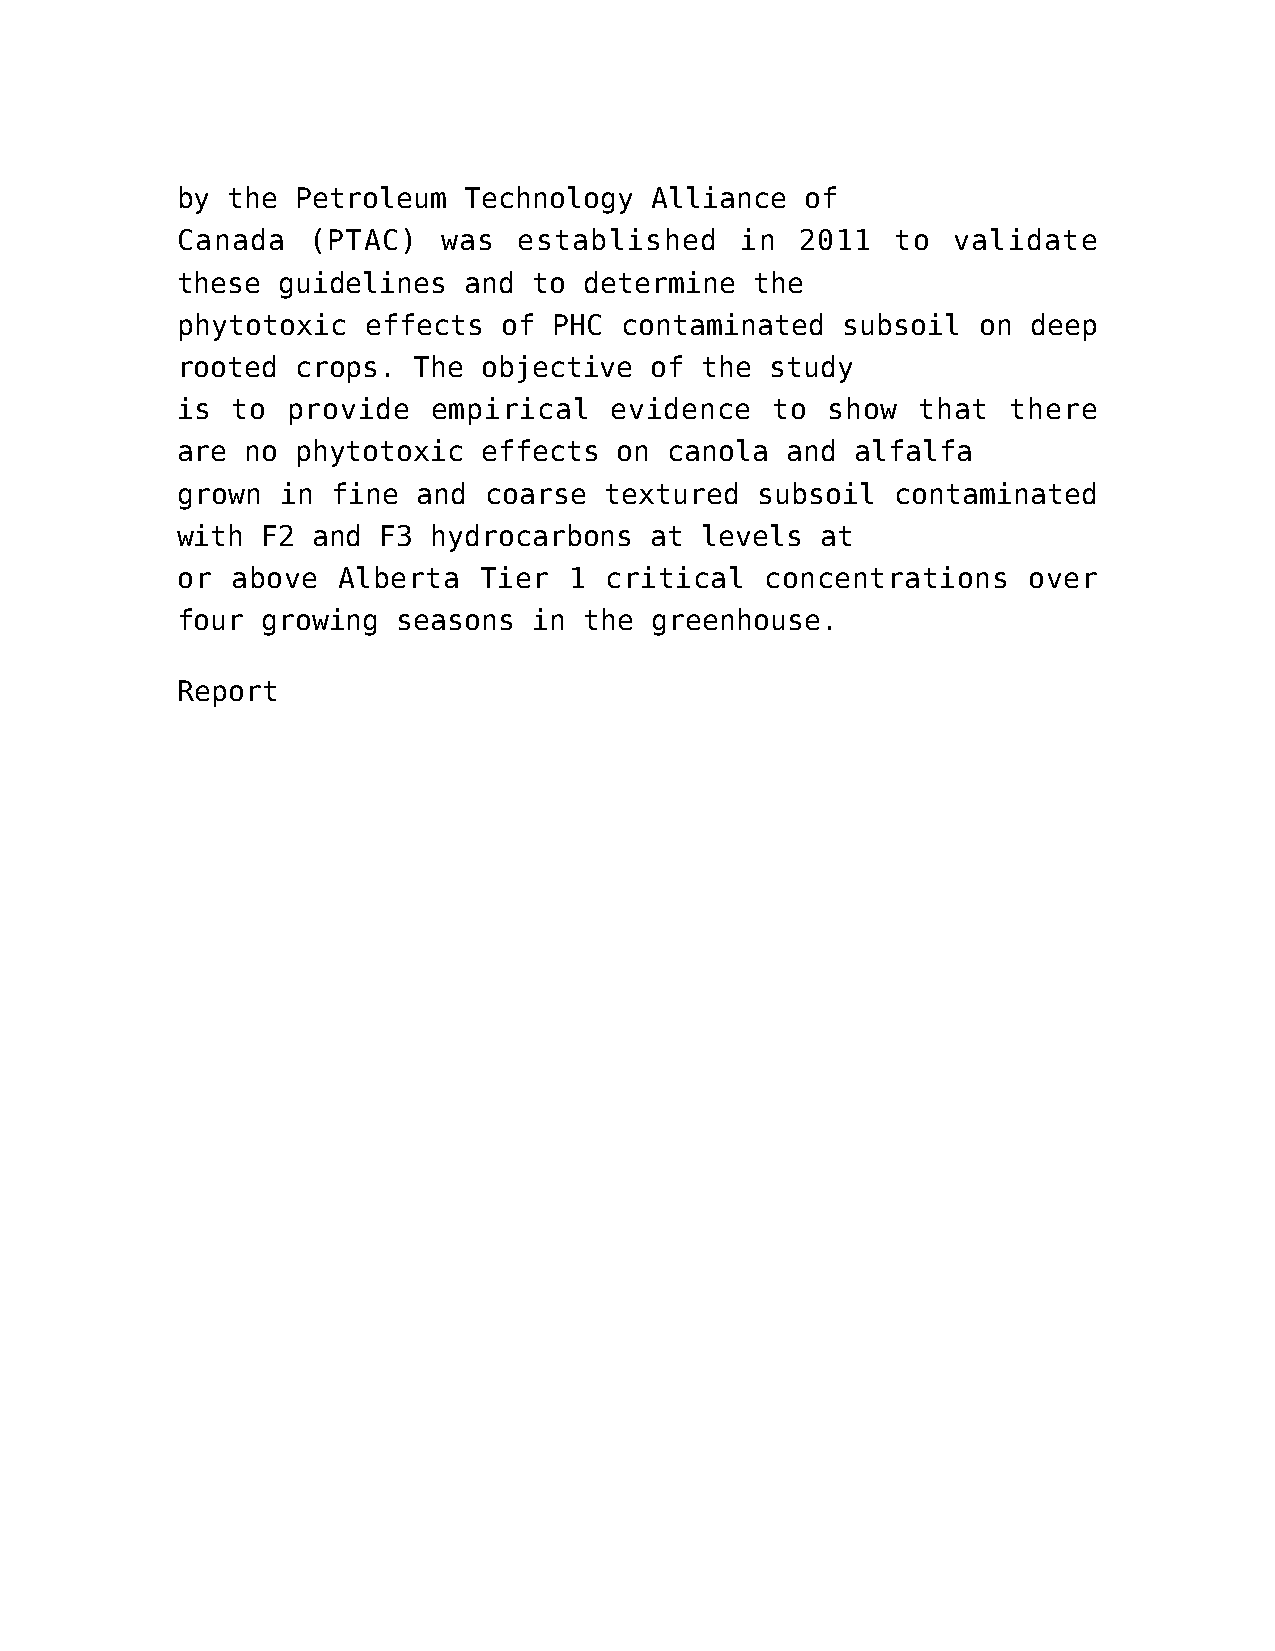
by the  Petroleum  Technology  Alliance  of
 Canada  (PTAC)   was  established    in  2011  to  validate
 these guidelines   and to  determine  the
 phytotoxic  effects  of  PHC contaminated   subsoil  on deep
 rooted  crops. The  objective  of the  study
 is to  provide   empirical  evidence   to  show  that  there
 are no  phytotoxic  effects  on canola  and  alfalfa
 grown  in fine  and coarse  textured  subsoil  contaminated
 with F2  and F3  hydrocarbons  at levels  at
 or above  Alberta   Tier  1 critical   concentrations   over
 four growing  seasons  in  the greenhouse.
 Report